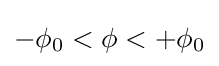
-\phi _{0}<\phi <+\phi _{0}